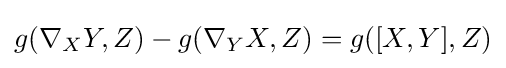
g(\nabla _{X}Y,Z)-g(\nabla _{Y}X,Z)=g([X,Y],Z)